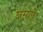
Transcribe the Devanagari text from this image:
नमले